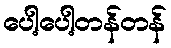
ပေါ့ပေါ့တန်တန်